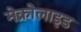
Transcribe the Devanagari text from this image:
मेक्रोलाइड